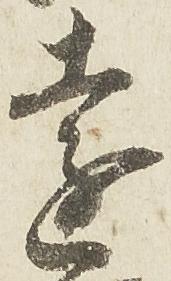
遠